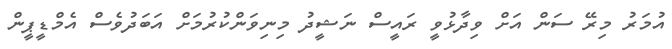
އުމަރު މިރޭ ސަން އަށް ވިދާޅުވީ ރައީސް ނަޝީދު މިނިވަންކުރުމަށް އަބަދުވެސް އެމްޑީޕީން